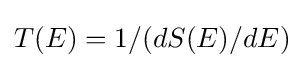
T(E)=1/(dS(E)/dE)